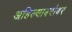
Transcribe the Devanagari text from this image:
अहिल्याबरोबर